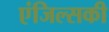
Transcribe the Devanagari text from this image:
एंजिल्सकी